Indian journal of veterinary science and animal husbandry - Volume 12,
Year: 1942
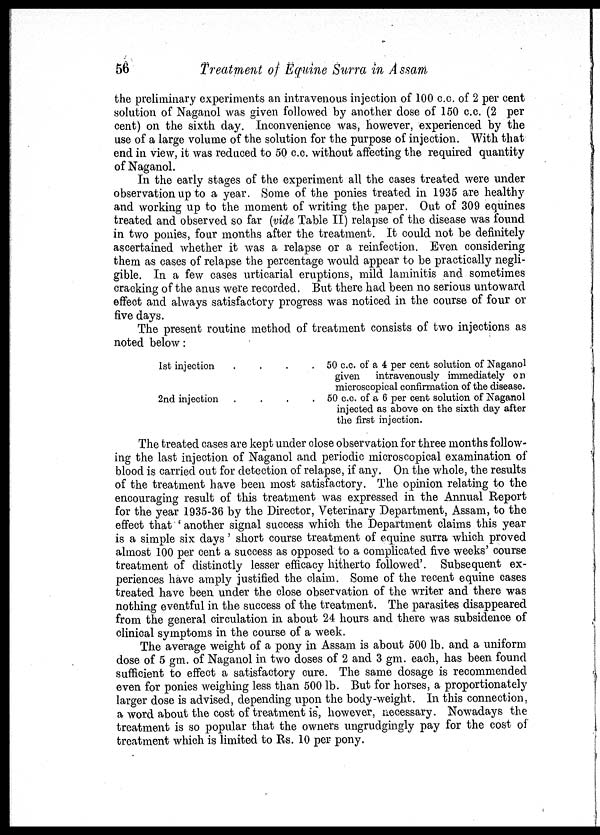
56
Treatment of Equine Surra in Assam
the preliminary experiments an intravenous injection of 100 c.c. of 2 per cent
solution of Naganol was given followed by another dose of 150 c.c. (2 per
cent) on the sixth day. Inconvenience was, however, experienced by the
use of a large volume of the solution for the purpose of injection. With that
end in view, it was reduced to 50 c.c. without affecting the required quantity
of Naganol.
In the early stages of the experiment all the cases treated were under
observation up to a year. Some of the ponies treated in 1935 are healthy
and working up to the moment of writing the paper. Out of 309 equines
treated and observed so far (vide Table II) relapse of the disease was found
in two ponies, four months after the treatment. It could not be definitely
ascertained whether it was a relapse or a reinfection. Even considering
them as cases of relapse the percentage would appear to be practically negli-
gible. In a few cases urticarial eruptions, mild laminitis and sometimes
cracking of the anus were recorded. But there had been no serious untoward
effect and always satisfactory progress was noticed in the course of four or
five days.
The present routine method of treatment consists of two injections as
noted below:
1st injection . . . .
2nd injection . . . .
50 c.c. of a 4 per cent solution of Naganol
given intravenously immediately on
microscopical confirmation of the disease.
50 c.c. of a 6 per cent solution of Naganol
injected as above on the sixth day after
the first injection.
The treated cases are kept under close observation for three months follow-
ing the last injection of Naganol and periodic microscopical examination of
blood is carried out for detection of relapse, if any. On the whole, the results
of the treatment have been most satisfactory. The opinion relating to the
encouraging result of this treatment was expressed in the Annual Report
for the year 1935-36 by the Director, Veterinary Department, Assam, to the
effect that ' another signal success which the Department claims this year
is a simple six days ' short course treatment of equine surra which proved
almost 100 per cent a success as opposed to a complicated five weeks' course
treatment of distinctly lesser efficacy hitherto followed'. Subsequent ex-
periences have amply justified the claim. Some of the recent equine cases
treated have been under the close observation of the writer and there was
nothing eventful in the success of the treatment. The parasites disappeared
from the general circulation in about 24 hours and there was subsidence of
clinical symptoms in the course of a week.
The average weight of a pony in Assam is about 500 lb. and a uniform
dose of 5 gm. of Naganol in two doses of 2 and 3 gm. each, has been found
sufficient to effect a satisfactory cure. The same dosage is recommended
even for ponies weighing less than 500 lb. But for horses, a proportionately
larger dose is advised, depending upon the body-weight. In this connection,
a word about the cost of treatment is, however, necessary. Nowadays the
treatment is so popular that the owners ungrudgingly pay for the cost of
treatment which is limited to Rs. 10 per pony.